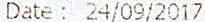
DATE : 24/09/2017